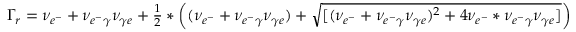
\begin{array} { r l } & { \Gamma _ { r } = \nu _ { e ^ { - } } + \nu _ { e ^ { - } \gamma } \nu _ { \gamma e } + \frac { 1 } { 2 } \ast \left( ( \nu _ { e ^ { - } } + \nu _ { e ^ { - } \gamma } \nu _ { \gamma e } ) + \sqrt { [ ( \nu _ { e ^ { - } } + \nu _ { e ^ { - } \gamma } \nu _ { \gamma e } ) ^ { 2 } + 4 \nu _ { e ^ { - } } \ast \nu _ { e ^ { - } \gamma } \nu _ { \gamma e } ] } \right) } \end{array}